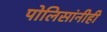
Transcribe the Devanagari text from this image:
पोलिसांनीही